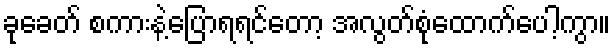
ခုခေတ် စကားနဲ့ပြောရရင်တော့ အလွတ်စုံထောက်ပေါ့ကွာ။